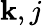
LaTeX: \mathbf{k},j